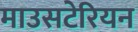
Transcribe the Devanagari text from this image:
माउसटेरियन